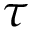
\tau